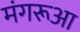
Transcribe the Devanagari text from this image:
मंगरूआ